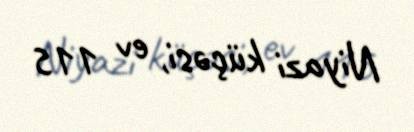
Niyazi küçəsi, ev 115